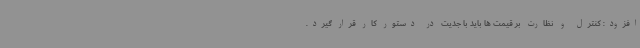
افزود: کنترل و نظارت بر قیمت ها باید با جدیت در دستور کار قرار گیرد.